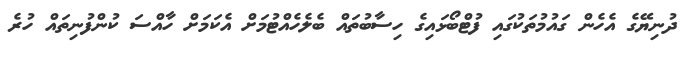
ދުނިޔޭގެ އެހެން ގައުމުތަކުގައި ފުޓްބޯޅައިގެ ހިސާބުތައް ބެލެހެއްޓުމަށް އެކަމަށް ހާއްސަ ކުންފުނިތައް ހުރެ